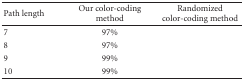
<table><thead><tr><td><b>Path length</b></td><td><b>Our color-coding method</b></td><td><b>Randomized color-coding method</b></td></tr></thead><tbody><tr><td>7</td><td>97%</td><td>[EMPTY_CELL]</td></tr><tr><td>8</td><td>97%</td><td>[EMPTY_CELL]</td></tr><tr><td>9</td><td>99%</td><td>[EMPTY_CELL]</td></tr><tr><td>10</td><td>99%</td><td>[EMPTY_CELL]</td></tr></tbody></table>